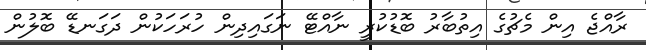
ރާއްޖެ އިން މެޗުގެ އިތުބާރު ބޮޑުކުރީ ނާއްޓޭ ނަގައިދިން ހުރަހަކުން ދަގަނޑޭ ބޮލުން